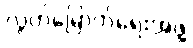
လွတ်မြောက်ရေးအဖွဲ့